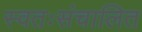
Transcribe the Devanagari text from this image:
स्वतःसंचालित